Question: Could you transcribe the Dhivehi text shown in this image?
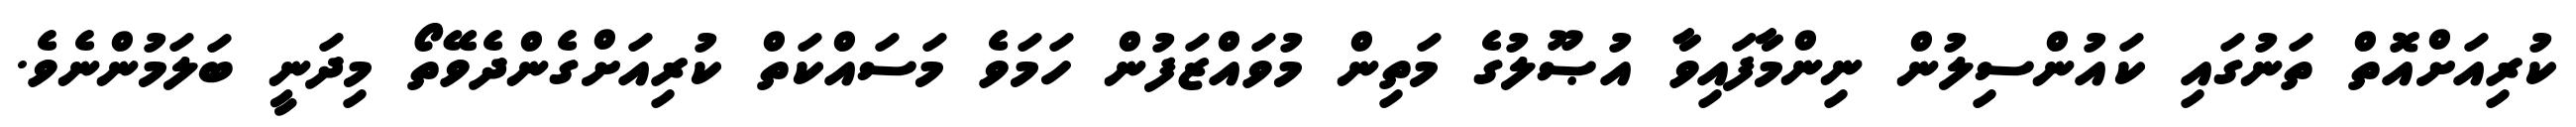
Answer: ކުރިއަށްއޮތް ތަނުގައި ކައުންސިލުން ނިންމާފައިވާ އުޞޫލުގެ މަތިން މުވައްޒަފުން ހަމަވެ މަސައްކަތް ކުރިއަށްގެންދެވޭތޯ މިދަނީ ބަލަމުންނެވެ.